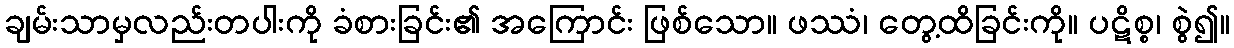
ချမ်းသာမှလည်းတပါးကို ခံစားခြင်း၏ အကြောင်း ဖြစ်သော။ ဖဿံ၊ တွေ့ထိခြင်းကို။ ပဋိစ္စ၊ စွဲ၍။